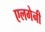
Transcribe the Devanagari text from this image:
एलगेनी